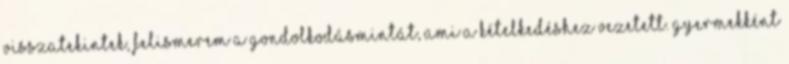
visszatekintek, felismerem a gondolkodásmintát, ami a kételkedéshez vezetett. Gyermekként